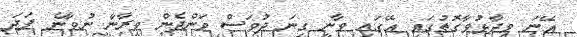
އޭނަ ވިދާޅުވާގޮތުގައި އޭގައި ވާނީ ގިނަ ދުވަސް ވަންދެން ވީރާނާ ނުވާނެ ފަދަ